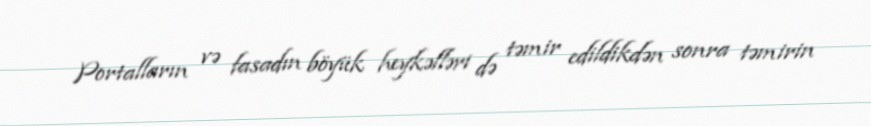
Portalların və fasadın böyük heykəlləri də təmir edildikdən sonra təmirin